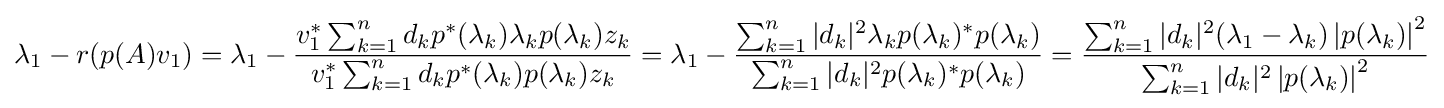
\lambda _{1}-r(p(A)v_{1})=\lambda _{1}-{\frac {v_{1}^{*}\sum _{k=1}^{n}d_{k}p^{*}(\lambda _{k})\lambda _{k}p(\lambda _{k})z_{k}}{v_{1}^{*}\sum _{k=1}^{n}d_{k}p^{*}(\lambda _{k})p(\lambda _{k})z_{k}}}=\lambda _{1}-{\frac {\sum _{k=1}^{n}|d_{k}|^{2}\lambda _{k}p(\lambda _{k})^{*}p(\lambda _{k})}{\sum _{k=1}^{n}|d_{k}|^{2}p(\lambda _{k})^{*}p(\lambda _{k})}}={\frac {\sum _{k=1}^{n}|d_{k}|^{2}(\lambda _{1}-\lambda _{k})\left|p(\lambda _{k})\right|^{2}}{\sum _{k=1}^{n}|d_{k}|^{2}\left|p(\lambda _{k})\right|^{2}}}